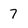
Character: 7